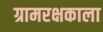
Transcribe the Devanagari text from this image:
ग्रामरक्षकाला